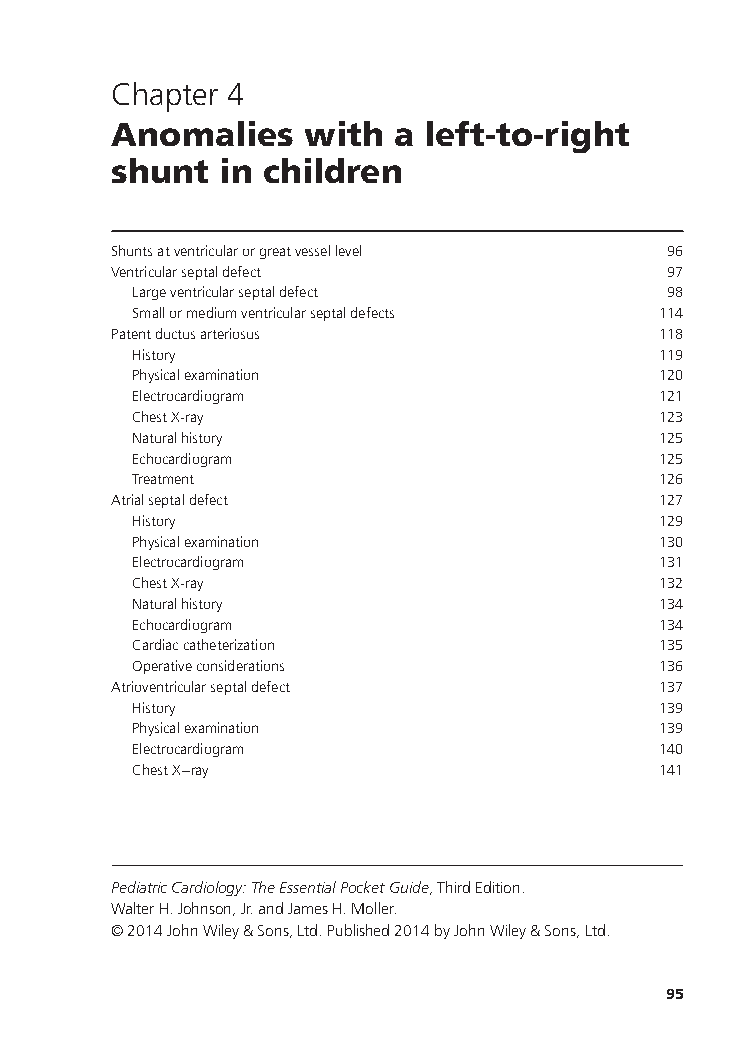
Chapter 4
 Anomalies    with  a left-to-right
 shunt  in children
 Shuntsatventricularorgreatvessellevel 96
 Ventricularseptaldefect              97
 Largeventricularseptaldefect        98
 Smallormediumventricularseptaldefects 114
 Patentductusarteriosus              118
 History                            119
 Physicalexamination                120
 Electrocardiogram                  121
 ChestX-ray                         123
 Naturalhistory                     125
 Echocardiogram                     125
 Treatment                          126
 Atrialseptaldefect                  127
 History                            129
 Physicalexamination                130
 Electrocardiogram                  131
 ChestX-ray                         132
 Naturalhistory                     134
 Echocardiogram                     134
 Cardiaccatheterization             135
 Operativeconsiderations            136
 Atrioventricularseptaldefect        137
 History                            139
 Physicalexamination                139
 Electrocardiogram                  140
 ChestX−ray                         141
 PediatricCardiology:TheEssentialPocketGuide,ThirdEdition.
 WalterH.Johnson,Jr.andJamesH.Moller.
 ©2014JohnWiley&Sons,Ltd.Published2014byJohnWiley&Sons,Ltd.
 95